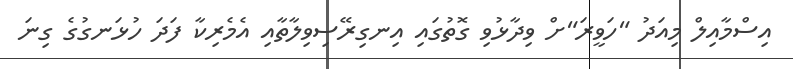
އިސްމާއިލް މިއަދު "ހަވީރަ"ށް ވިދާޅުވި ގޮތުގައި އިނގިރޭސިވިލާތާއި އެމެރިކާ ފަދަ ހުޅަނގުގެ ގިނަ